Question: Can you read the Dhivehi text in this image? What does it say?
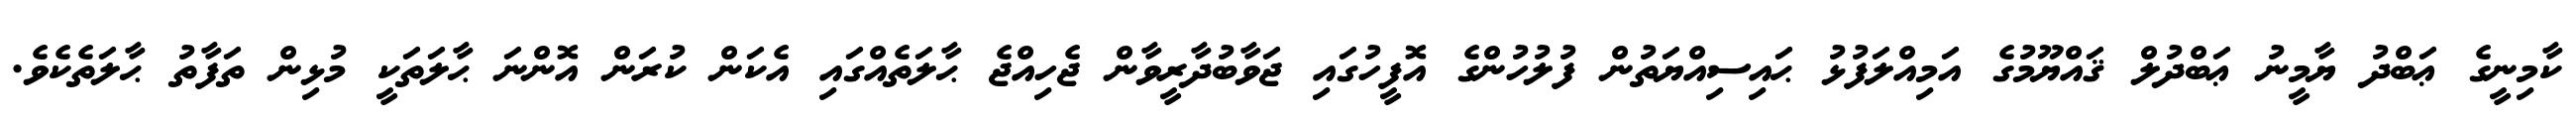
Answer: ކާމިނީގެ ޢަބްދު ޔާމީނު ޢަބްދުލް ޤައްޔޫމުގެ އަމިއްލަފުޅު ޙައިސިއްޔަތުން ފުލުހުންގެ އޮފީހުގައި ޖަވާބުދާރީވާން ޖެހިއްޖެ ޙާލަތެއްގައި އެކަން ކުރަން އޮންނަ ޙާލަތަކީ މުޅިން ތަފާތު ޙާލަތެކެވެ.